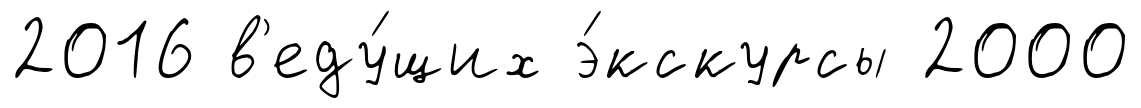
2016 в'еду́щих э́кскурсы 2000